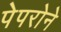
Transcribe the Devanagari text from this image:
पेपरोने